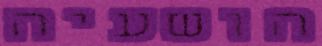
הושעיה